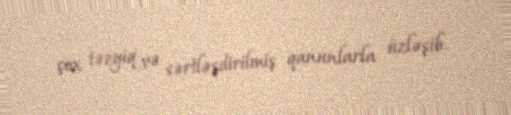
çox təzyiq və sərtləşdirilmiş qanunlarla üzləşib.